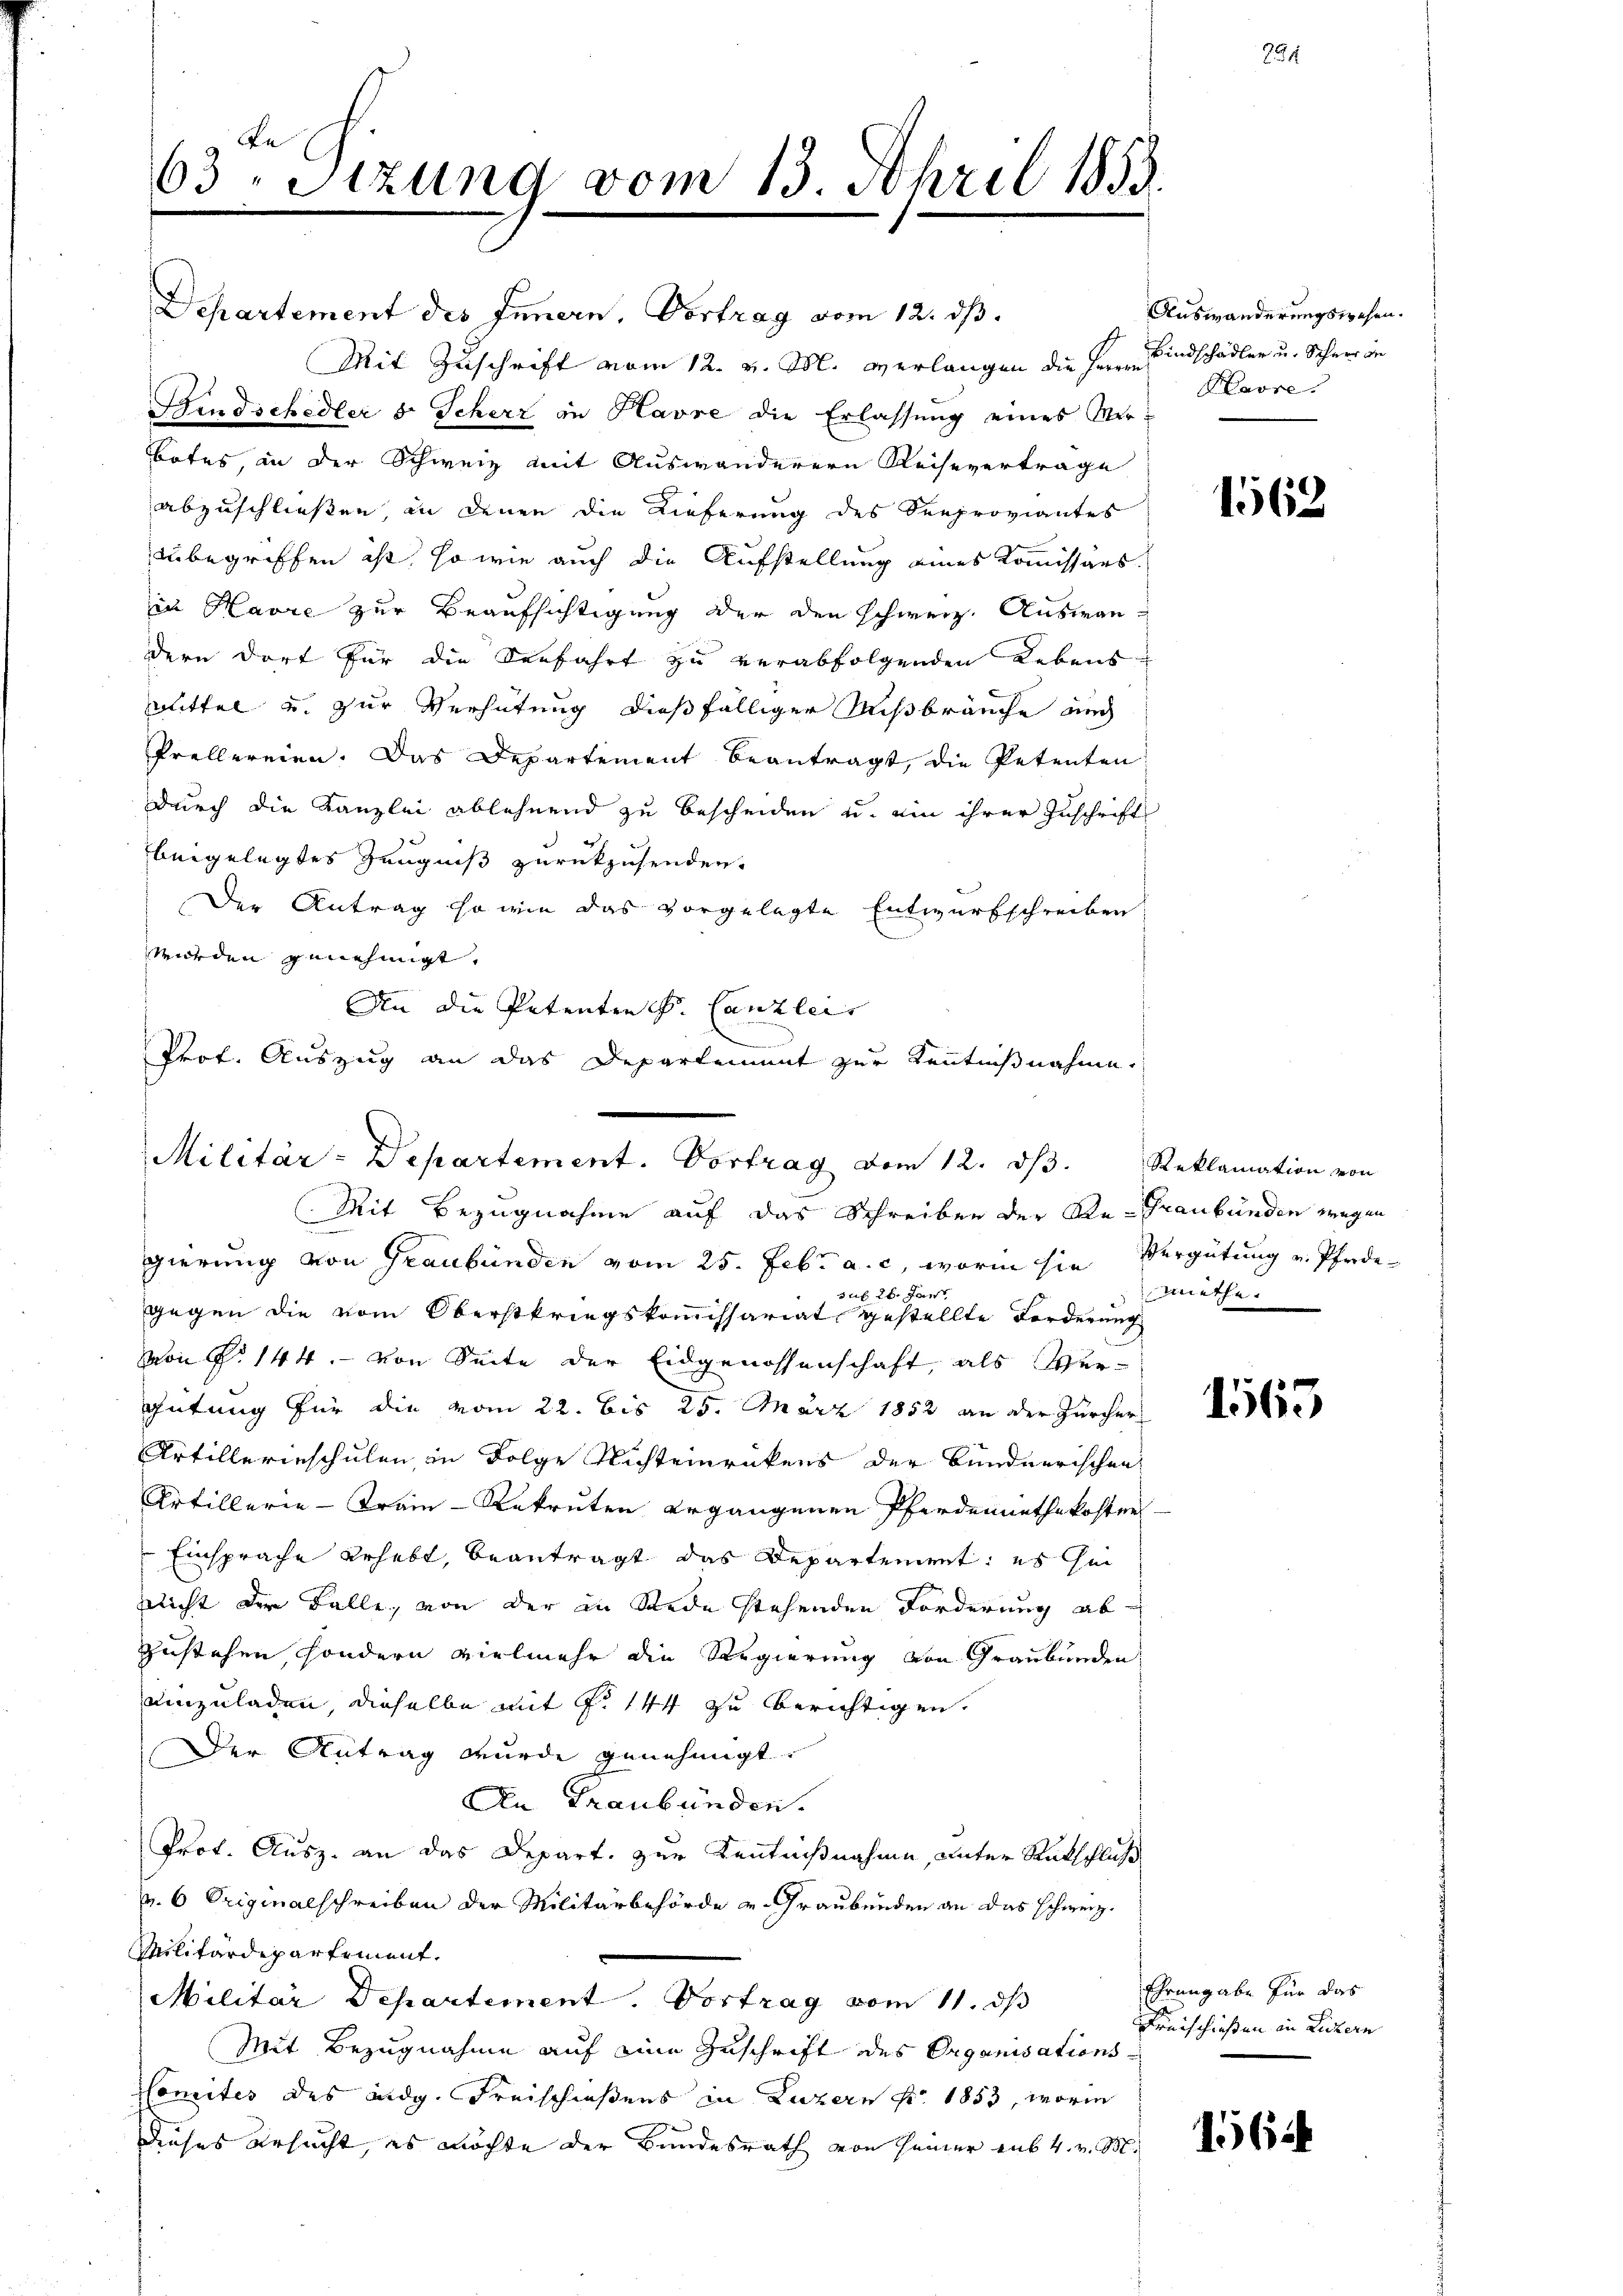
Departement des Innern, Vortrag vom 12. ds.
Mit Zuschrift vom 12. v. M. verlangen die Herrn Kindschädler u. Schner de
Bindschedler 5 Scherz in Havre die Erlassung eines Merbotes in der Schweiz mit Auswanderern Reisevertrage
abzuschließen, in denen die Lieferung des Seeproviantes
zubegriffen ist, so wie auch die Aufstellung eines Kommissärs.
in Havre zur Beaufsichtigung der den schweiz. Auswandern dort für die Verfahrt zu verabfolgenden Lebens
Mittel u. zur Verhütung dießfälliger Mißbräuche auch
Prellereien. Das Departement beantragt, die Petenten
durch die Kanzlei ablehnend zu bescheiden u. ein ihrer Zuschrift
beigelegtes Zeugniß zurückzusenden.
Der Antrag so wie das vorgelegte Entwurfschreiben
Wurden genehmigt.
An die Patenten S. Canzlei- |
Prof. Auszug an das Departement zur Kenntnißnahme.

De
63. Sitzung vom 13. April 1853.

Militär-Departement. Vortrag vom 12. dβ.
Mit Bezugnahme auf das Schreiben der Re- Graubünden wegen

gierung von Graubünden vom 25. Febr. a. c., worin sie Vergütung u. Pferde¬
26. Jant
stif
gegen die vom Oberstkriegskommissariat gestellte Forderung
von S. 144. von Seite der Eidgenossenschaft, als Ver-
Gütung für die vom 22. bis 25. März 1852 an der Zürcher
Artillerieschulen, in Folge Nichteinrückens der Bundnerischen
Artillerie - Train-Rekruten ergangenen Pferdennathskosten
Einsprache gehabt, beantragt das Departeniret, es sei
nlicht der Balle, von der in Rede stehenden Forderung ab
zustehen, sondern vielmehr die Regierung von Graubünden
einzuladen, dieselbe mit Fr. 144 zu berichtigen,
Der Antrag wurde genehmigt.
An Graubünden.
Prot. Ausz. an das Depart. zur Kenntnißnahme, unter Rutschluß
v. 6. Originalschreiben der Militärbehörde u. Graubünden an das schweiz.
Militärdepartement.
Militär Departement. Vortrag vom 11. ds
Mit Bezugnahme auf eine Zuschrift des Organisations
Comites des Eidg. Freischießens in Luzern pr. 1853, worin
Dieses ersucht, es möchte der Bundesrath von Heiner auf 4. v. M.

Auswanderungswesen.
Havre

1562

Reklamation von
miethe.

1565

Ehrengabe für das
Freischießen in Lichtern

156